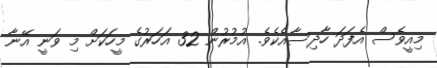
މިއީވެސް އެފަދަ ހާދިސާއެކެވެ. އުމުރުން 32 އަހަރުގެ މީހަކަށް މި ވަނީ އޭނާ